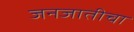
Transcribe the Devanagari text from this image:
जनजातीचा